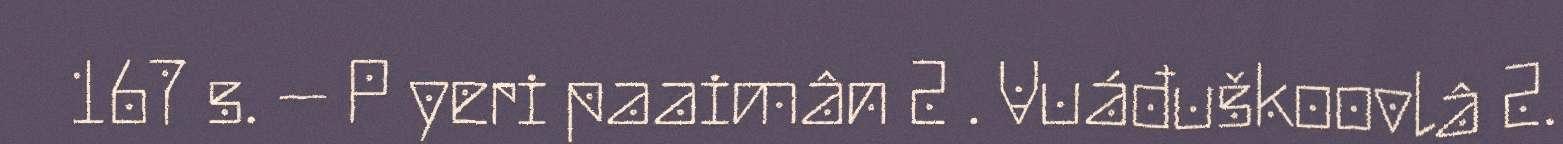
167 s. – P yeri paaimân 2 . Vuáđuškoovlâ 2.